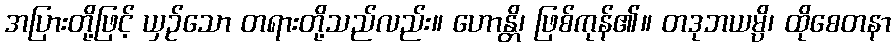
အပြားတို့ဖြင့် ယှဉ်သော တရားတို့သည်လည်း။ ဟောန္တိ၊ ဖြစ်ကုန်၏။ တဒုဘယမ္ပိ၊ ထိုစေတနာ